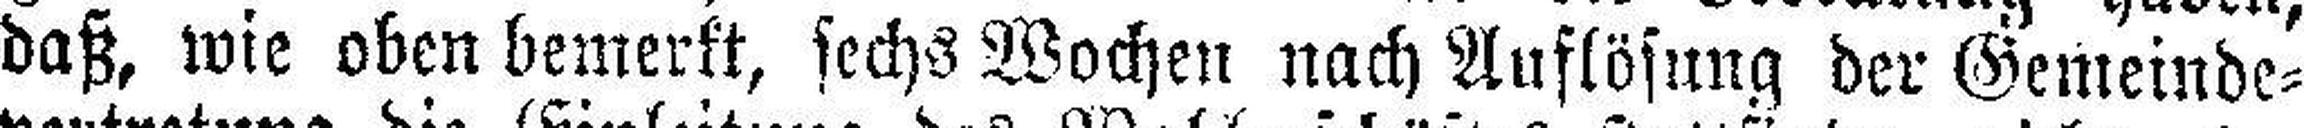
daß, wie oben bemerkt, sechs Wochen nach Auflösung der Gemeinde¬